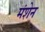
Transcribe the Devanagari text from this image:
मंशेन